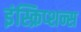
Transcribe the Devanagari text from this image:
इंस्क्रिप्शन्स